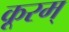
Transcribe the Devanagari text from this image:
कूरम्